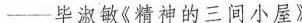
——毕淑敏《精神的三间小屋》